Account of plague administration in the Bombay Presidency from September 1896 till May 1897
Year: 1896
Disease focus: Plague
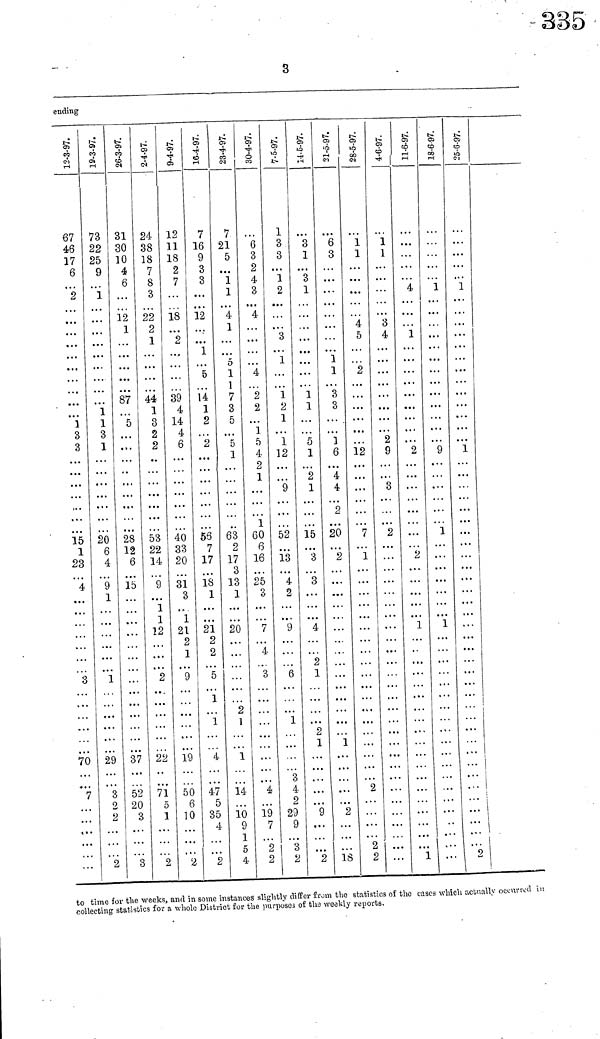
3
ending
12-3-97.
67
46
17
6
2
1
3
3
15
1
23
4
· ·
3
70
7
19-3-97.
73
22
25
9
1
. . .
...
...
1
1
3
1
20
6
4
9
1
...
1
29
3
o
2
2
26-3-97.
31
30
10
4
6
.
12
1
87
5
28
12
6
15
...
37
52
20
3
3
2-4-97.
24
38
18
7
8
3
22
2
1
44
1
3
2
2
53
22
14
9
1
1
12
2
22
71
δ
1
2
9-4-97.
12
11
18
2
7
18
2
39
4
14
4
6
40
33
20
31
3
1
2l
2
1
9
19
50
6
10
2
16-4-97.
7
16
9
3
3
...
12
1
5
14
1
2
. . .
2
56
7
17
18
1
21
2
2
5
1
1
4
47
5
35
4
2
23-4-97.
7
21
5
1
1
4
1
5
1
1
7
3
5
5
1
63
2
17
3
13
1
20
2
1
1
14
10
9
1
0
4
30-4-97.
6
3
2
4
3
4
4
2
2
1
5
4
2
1
1
60
6
16
25
3
7
4
3
...
4
19
7
2
2
7-5-97.
1
3
3
1
2
λ
1
. . .
1
2
1
1
12
9
52
13
4
2
9
6
1
3
4
2
29
9
3
2
11-5-97.
3
1
3
1
. . .
. . .
1
1
5
1
2
1
15
3
3
4
2
1
2
1
4
9
2
31-5-97.
6
3
...
1
1
3
3
]
6
4
4
2
20
2
1
...
2
18
28-5-97.
1
1
...
4
5
2
12
...
7
1
2
2
2
4-6-97.
1
1
. . .
3
4
2
9
8
2
...
...
11-6-97.
. . .
4
1
. . .
2
...
.
.
.
2
1
ι
18-6-97.
1
...
9
...
1
...
1
...
25-6-97.
1
...
1
...
1
. . .
2
to time for the weeks, and in some instances slightly differ from the statistics of the eases which actually occurred in
collecting statistics for a. whole District for the purposes of the weekly reports.